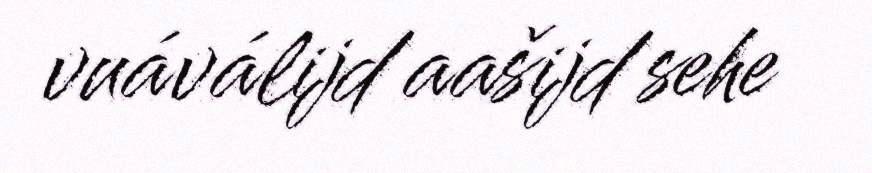
vuáválijd aašijd sehe